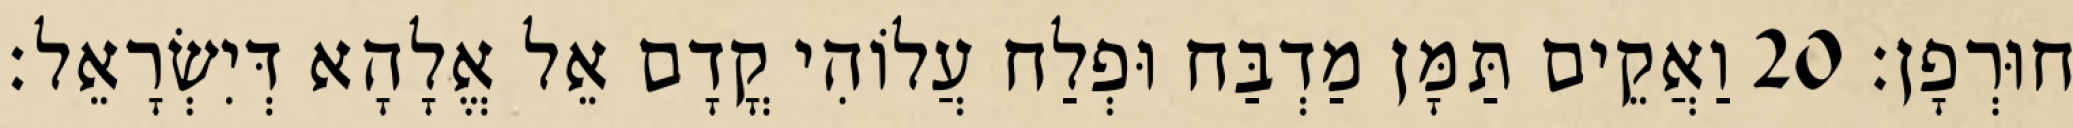
חוּרְפָן׃ 20 וַאֲקֵים תַּמָּן מַדְבַּח וּפְלַח עֲלוֹהִי קֳדָם אֵל אֱלָהָא דְּיִשְׂרָאֵל׃